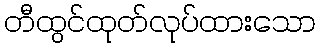
တီထွင်ထုတ်လုပ်ထားသော